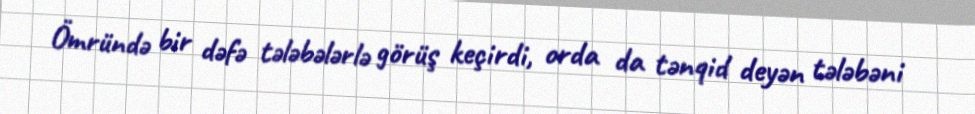
Ömründə bir dəfə tələbələrlə görüş keçirdi, orda da tənqid deyən tələbəni